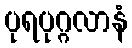
ပုရပုဂ္ဂလာနံ